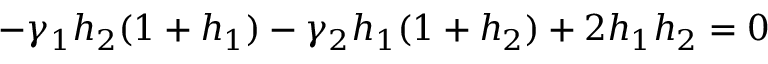
- \gamma _ { 1 } h _ { 2 } ( 1 + h _ { 1 } ) - \gamma _ { 2 } h _ { 1 } ( 1 + h _ { 2 } ) + 2 h _ { 1 } h _ { 2 } = 0